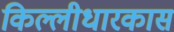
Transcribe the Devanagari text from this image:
किल्लीधारकास